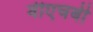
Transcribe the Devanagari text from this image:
वीएचबी